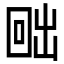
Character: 𭍨